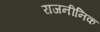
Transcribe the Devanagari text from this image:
राजनीनिक